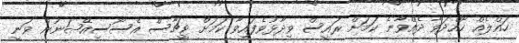
ހައްލެއް ހޯއްދަވާ ދެއްވާނެ ކަމަށް ރައީސް ވިދާޅުވެފައިވާ ކަމަށް ޓީޗާސް އެސޯސިއޭޝަނުން ވަނީ